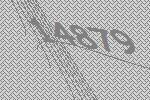
14879